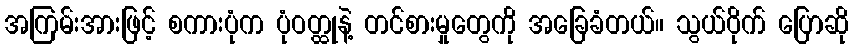
အကြမ်းအားဖြင့် စကားပုံက ပုံဝတ္ထုနဲ့ တင်စားမှုတွေကို အခြေခံတယ်။ သွယ်ဝိုက် ပြောဆို